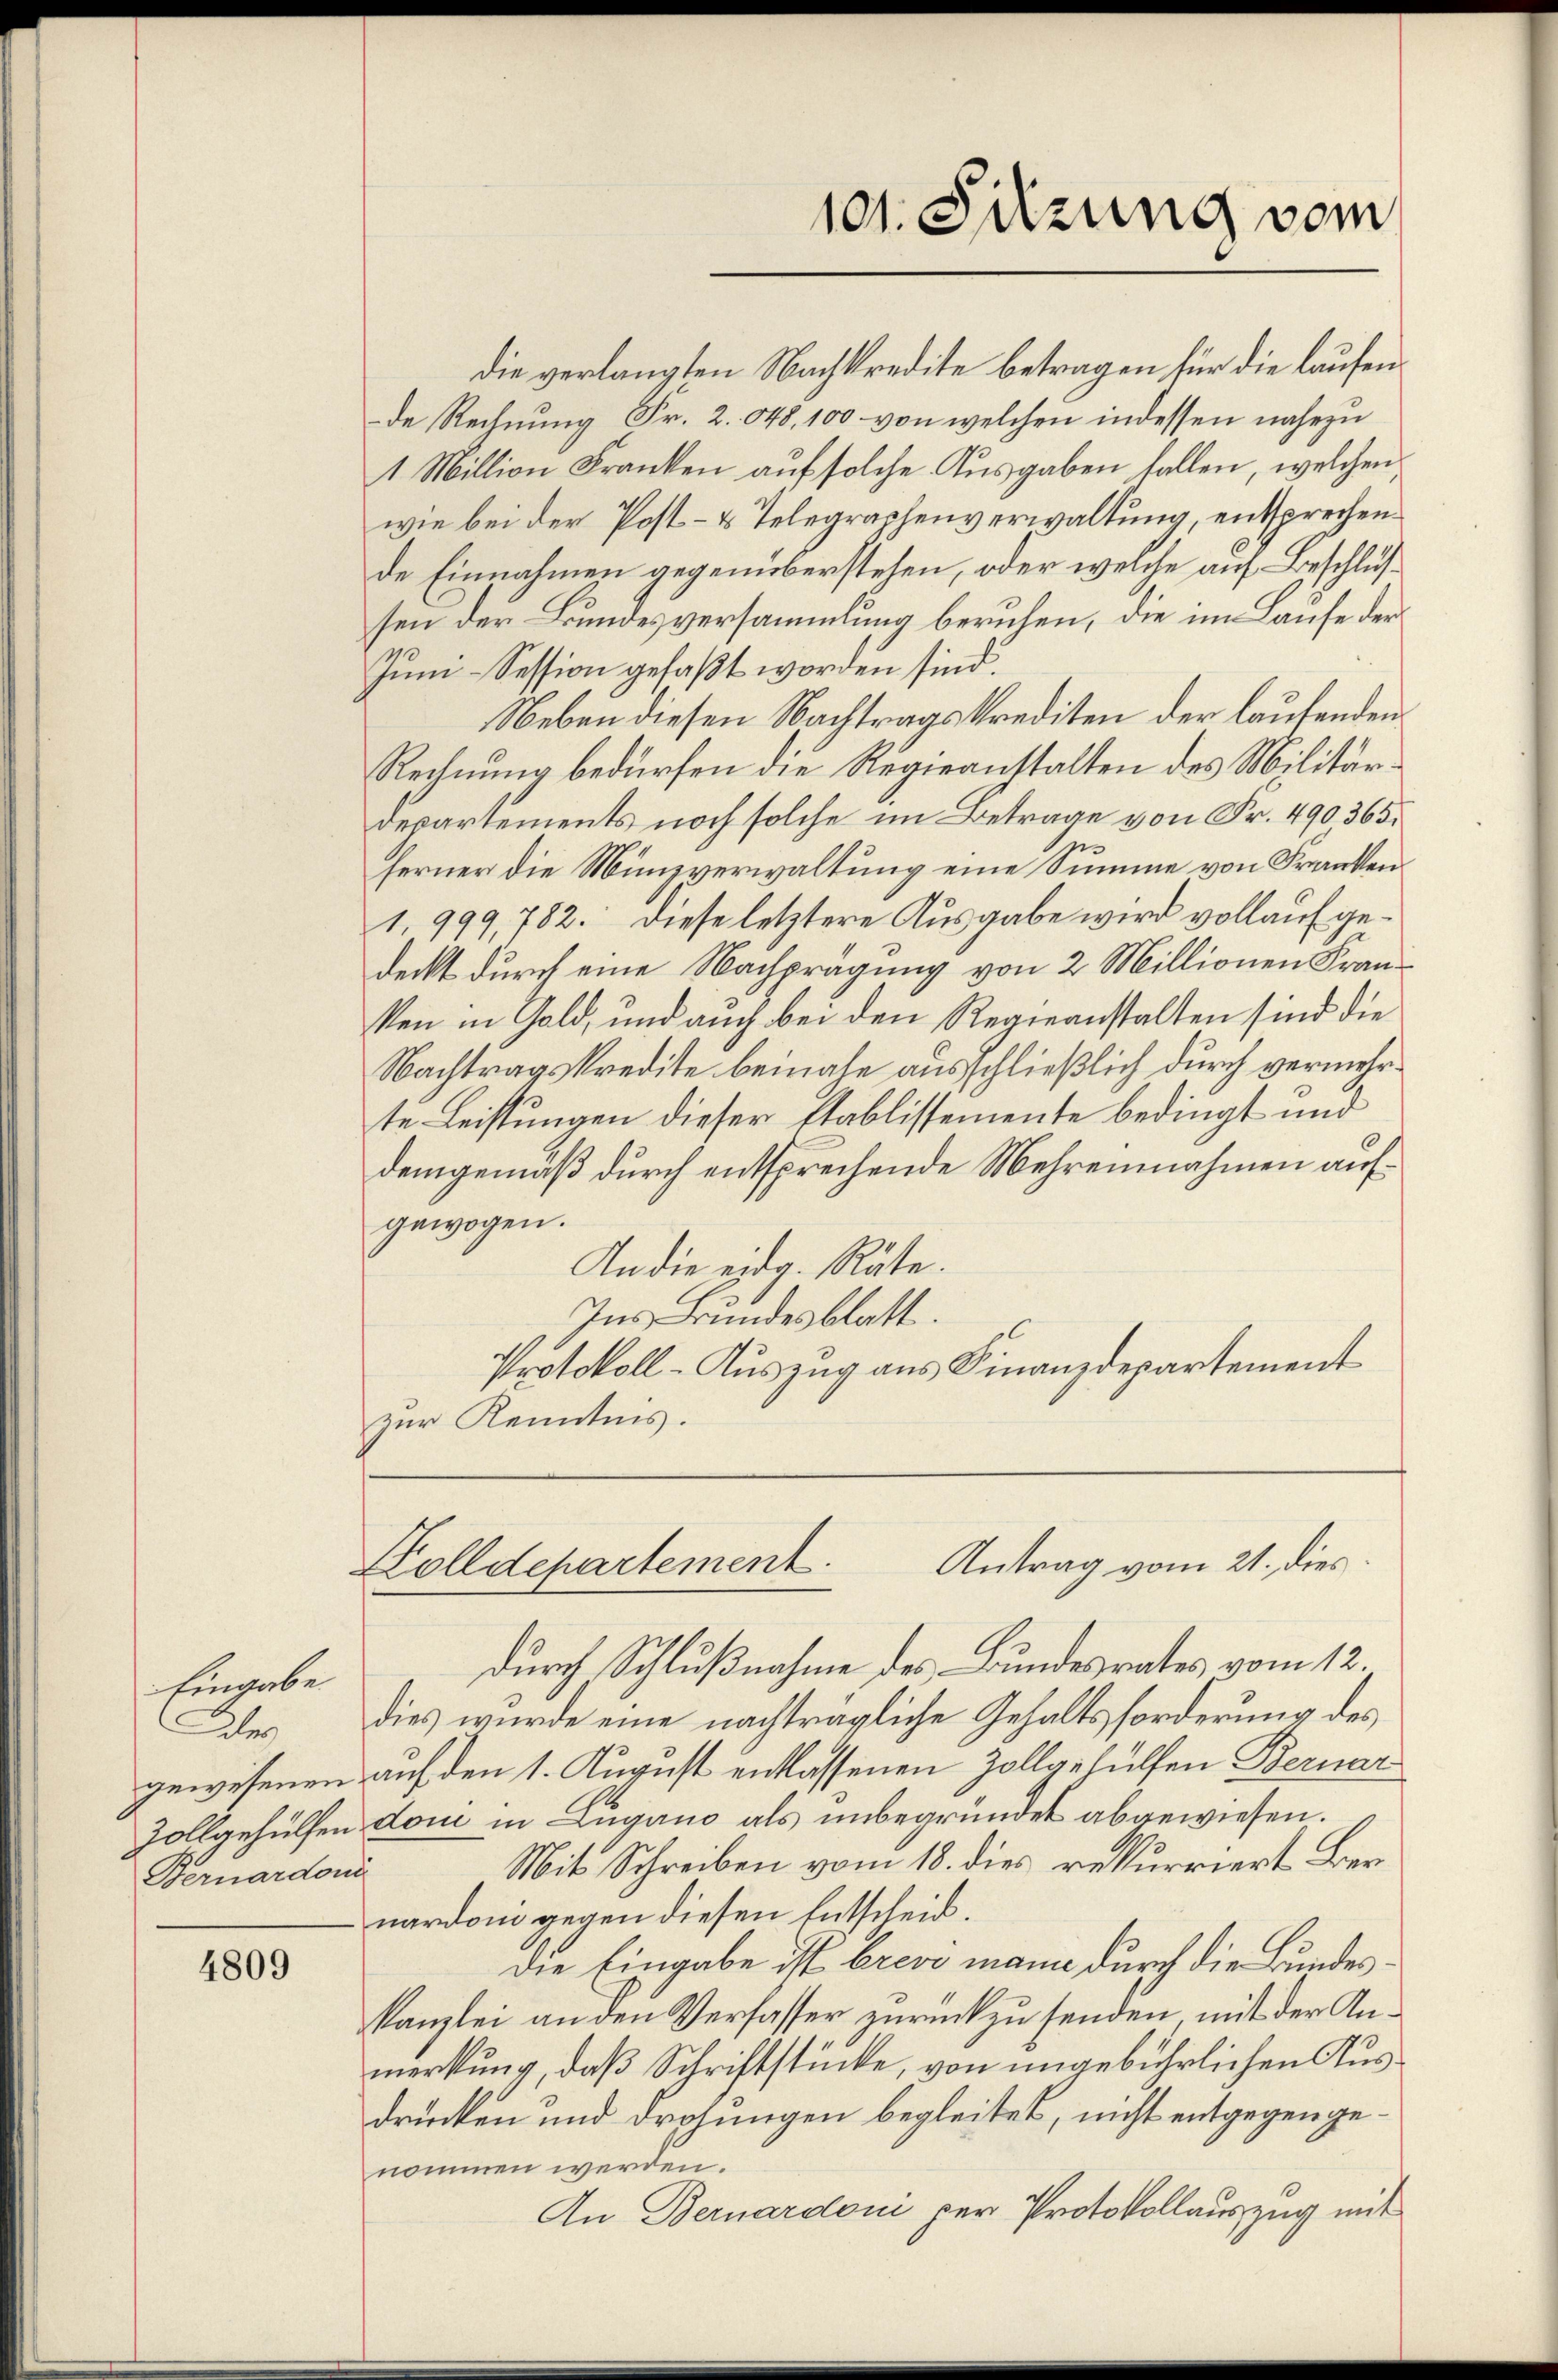
Eingabe
Bernardonn

4809

die verlangten Nachkredite betragen für die laufende Rechnung Fr. 2. 548, 100 von welchen indessen nahezu
1 Million Franken auf solche Ausgaben fallen, welchen
wie bei der Post- & Telegraphenverwaltung, entsprechen
de Einnahmen gegenüberstehen, oder welche auf Beschlussen der Bundesversammlung beruhen, die im Laufe der
Juni-Session gefaßt worden sind.
Neben diesen Nachtragskrediten der laufenden
Rechnung bedürfen die Regieanstalten des Militär¬
Departements noch solche im Betrage von Fr. 490365.
e
ferner die Münzverwaltung eine Summe von Franken
1. 999, 782. Diese letztere Ausgabe wird vollauf gedeckt durch eine Nachprägung von 2 Millionen Fran
ken in Gold, und auch bei den Regieanstalten sind die
Nachtragskredite beinahe ausschließlich durch vermehrte Leistungen dieser Stablissemente bedingt und
demgemäß durch entsprechende Mehrennahmen aufgewogen.
An die eidg. Räte.
Ins Bundesblatt.
Protokoll-Auszug aus Finanzdepartement
zur Kenntnis.

101. Sitzung vom

Antrag vom 21. dies
Dolldepartement

durch Schlußnahme des Bundesrates vom 12.
des dies wurde eine nachträgliche Gehaltsforderung des
gewesenen auf den 1. August entlassenen Zollgehülfen Bernar¬
Zollgehülfen don in Lugano als unbegründet abgewiesen.
Mit Schreiben vom 18. dies rekurriert Ber
nardon gegen diesen Entscheid.
Die Eingabe ist brevi mann durch die Bundes¬
Kanzlei an den Verfasser zurückzusenden, mit der Anmerkung, daß Schriftstücke, von ungebührlichen Ausdrücken und Drohungen begleitet, nicht entgegengenommen werden.
An Bernardoni per Protokollauszug mit